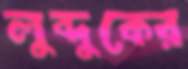
লুব্দুকের